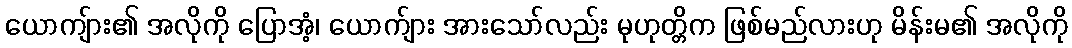
ယောကျ်ား၏ အလိုကို ပြောအံ့၊ ယောက်ျား အားသော်လည်း မုဟုတ္တိက ဖြစ်မည်လားဟု မိန်းမ၏ အလိုကို